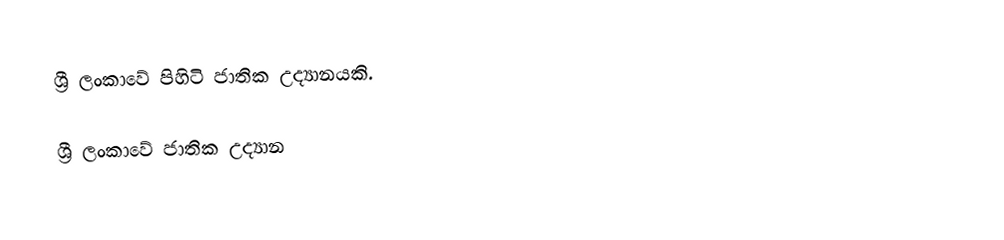
ශ්‍රී ලංකාවේ පිහිටි ජාතික උද්‍යානයකි.

ශ්‍රී ලංකාවේ ජාතික උද්‍යාන